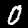
Label: 0